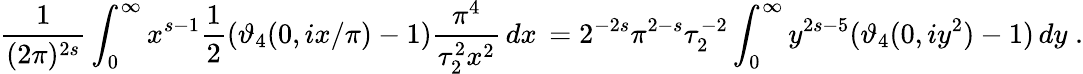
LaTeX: \frac 1{(2\pi)^{2s}}\int_{0}^{\infty}x^{s-1}{\frac{1}{2}}(\vartheta_{4}(0,ix/\pi)-1)\frac{\pi^{4}}{\tau_{2}^{2}x^{2}}\, dx\, =2^{-2s}\pi^{2-s}\tau_{2}^{-2}\int_{0}^{\infty}y^{2s-5}(\vartheta_{4}(0,iy^{2})-1)\, dy\; .